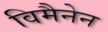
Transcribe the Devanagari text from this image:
विमैनेन